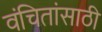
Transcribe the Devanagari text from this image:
वंचितांसाठी